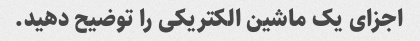
اجزای یک ماشین الکتریکی را توضیح دهید.